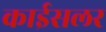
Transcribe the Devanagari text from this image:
काईसलर